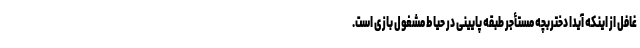
غافل از اینکه آیدا دختربچه مستأجر طبقه پایینی در حیاط مشغول بازی است.